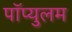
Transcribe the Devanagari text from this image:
पॉप्युलम